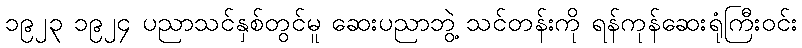
၁၉၂၃ ၁၉၂၄ ပညာသင်နှစ်တွင်မူ ဆေးပညာဘွဲ့ သင်တန်းကို ရန်ကုန်ဆေးရုံကြီးဝင်း